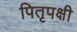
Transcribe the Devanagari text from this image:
पितृपक्षी